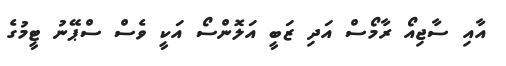
އާއި ސާޖިއޯ ރާމޯސް އަދި ޒަބީ އަލޮންސޯ އަކީ ވެސް ސްޕޭނު ޓީމުގެ